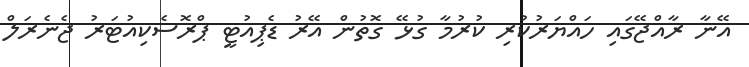
އޭނާ ރާއްޖޭގައި ހައްޔަރުކުރި ކުރުމާ ގުޅޭ ގޮތުން އޭރު ޑެޕިއުޓީ ޕްރޮސެކިއުޓަރު ޖެނެރަލް